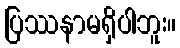
ပြဿနာမရှိပါဘူး။